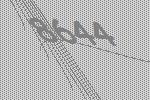
8644